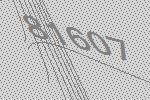
81607